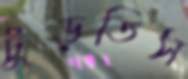
ঢুঁড়তিস